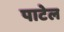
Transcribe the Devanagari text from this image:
पाटेल